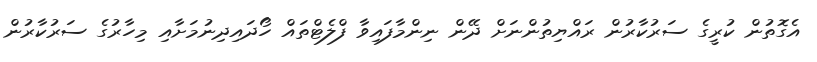
އެގޮތުން ކުރީގެ ސަރުކާރުން ރައްޔިތުންނަށް ދޭން ނިންމާފައިވާ ފްލެޓްތައް ހޯދައިދިނުމަށާއި މިހާރުގެ ސަރުކާރުން